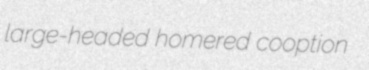
large-headed homered cooption